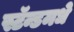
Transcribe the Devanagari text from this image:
स्टॅन्डमधे